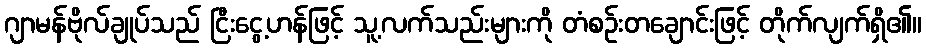
ဂျာမန်ဗိုလ်ချုပ်သည် ငြီးငွေ့ဟန်ဖြင့် သူ့လက်သည်းများကို တံစဉ်းတချောင်းဖြင့် တိုက်လျက်ရှိ၏။